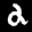
Label: 2